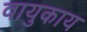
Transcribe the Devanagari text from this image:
वायुकाय